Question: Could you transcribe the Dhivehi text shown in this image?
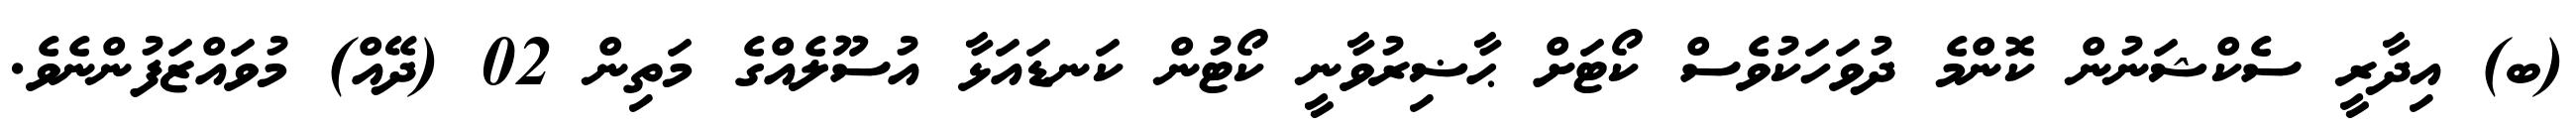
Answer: (ބ) އިދާރީ ސެކްޝަނުން ކޮންމެ ދުވަހަކުވެސް ކޯޓަށް ޙާޟިރުވާނީ ކޯޓުން ކަނޑައަޅާ އުސޫލެއްގެ މަތިން 02 (ދޭއް) މުވައްޒަފުންނެވެ.